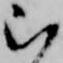
ら